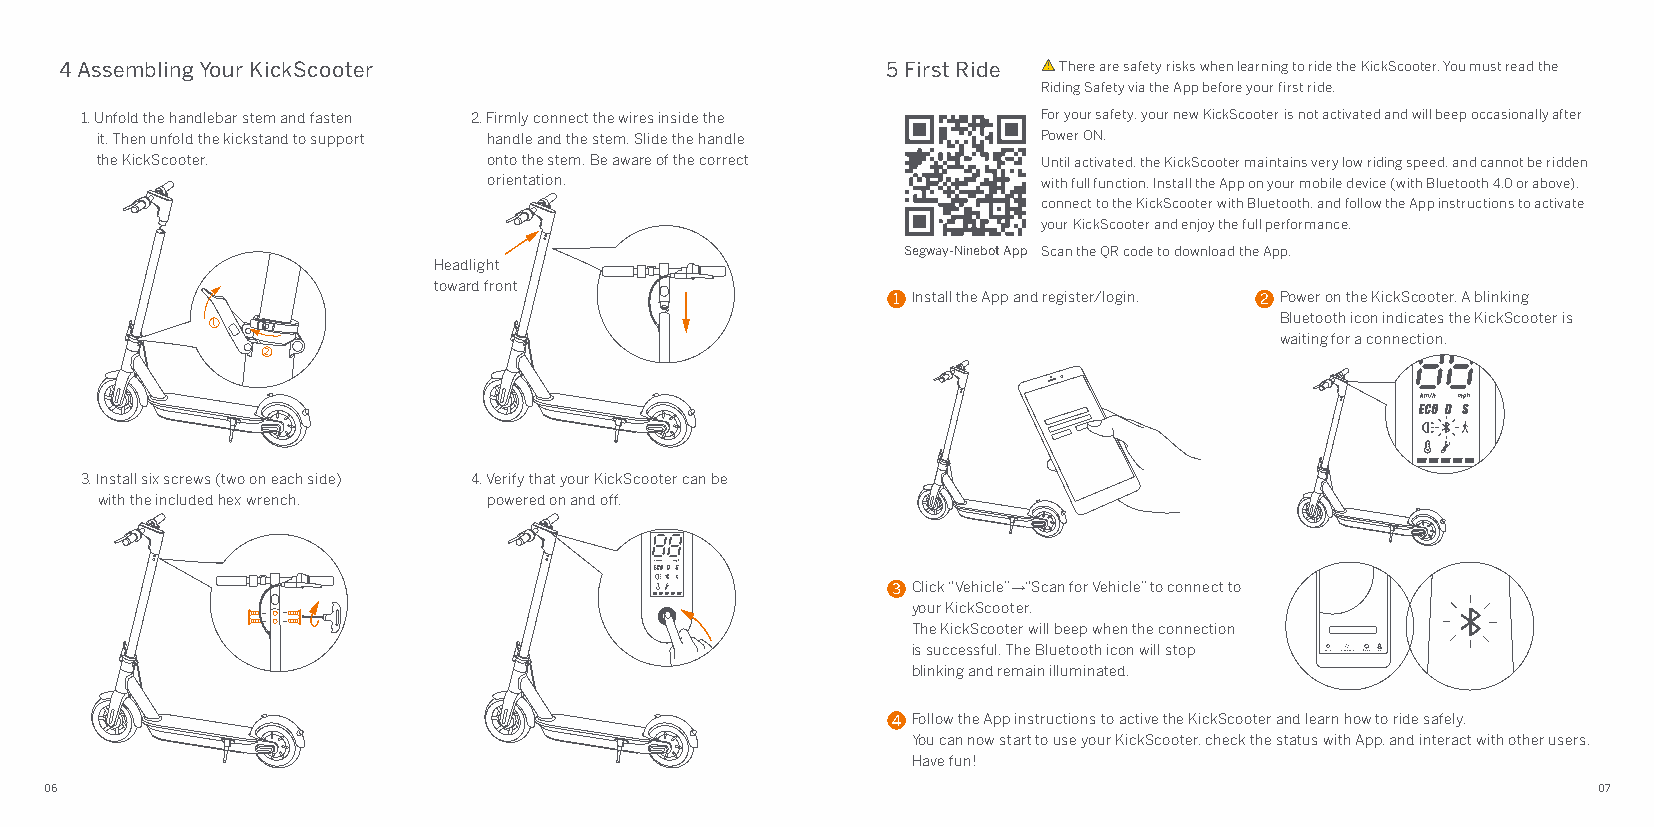
4 Assembling Your KickScooter                          5 First Ride There are safety risks when learning to ride the KickScooter. You must read the
 Riding Safety via the App before your first ride.
 1. Unfold the handlebar stem and fasten 2. Firmly connect the wires inside the For your safety, your new KickScooter is not activated and will beep occasionally after
 it. Then unfold the kickstand to support handle and the stem. Slide the handle Power ON.
 the KickScooter.          onto the stem. Be aware of the correct Until activated, the KickScooter maintains very low riding speed, and cannot be ridden
 orientation.                         with full function. Install the App on your mobile device (with Bluetooth 4.0 or above),
 connect to the KickScooter with Bluetooth, and follow the App instructions to activate
 your KickScooter and enjoy the full performance.
 Segway-Ninebot App Scan the QR code to download the App.
 Headlight
 toward front
 1 Install the App and register/login. 2 Power on the KickScooter. A blinking
 Bluetooth icon indicates the KickScooter is
 1
 waiting for a connection.
 2
 3. Install six screws (two on each side) 4. Verify that your KickScooter can be
 with the included hex wrench. powered on and off.
 3 Click “Vehicle”→“Scan for Vehicle” to connect to
 your KickScooter.
 The KickScooter will beep when the connection
 is successful. The Bluetooth icon will stop Vehicle Fans Moments Discover Me
 blinking and remain illuminated.
 4 Follow the App instructions to active the KickScooter and learn how to ride safely.
 You can now start to use your KickScooter, check the status with App, and interact with other users.
 Have fun!
 06                                                                                                     07